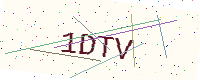
Text: 1DTV